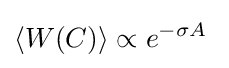
\langle W(C)\rangle \propto e^{-\sigma A}\;